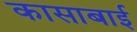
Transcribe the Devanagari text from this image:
कासाबाई